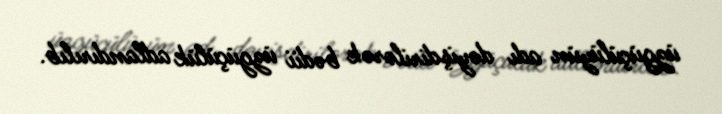
üzgüçülüyün adı dəyişdirilərək bədii üzgüçülük adlandırılıb.